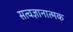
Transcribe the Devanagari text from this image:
सत्वज्ञानात्मक